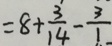
= 8 + \frac { 3 } { 1 4 } - \frac { 3 } { 1 }